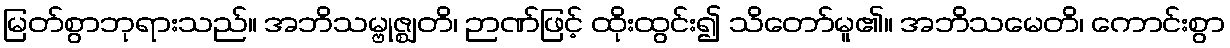
မြတ်စွာဘုရားသည်။ အဘိသမ္ဗုဇ္ဈတိ၊ ဉာဏ်ဖြင့် ထိုးထွင်း၍ သိတော်မူ၏။ အဘိသမေတိ၊ ကောင်းစွာ